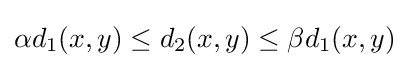
\alpha d_{1}(x,y)\leq d_{2}(x,y)\leq \beta d_{1}(x,y)